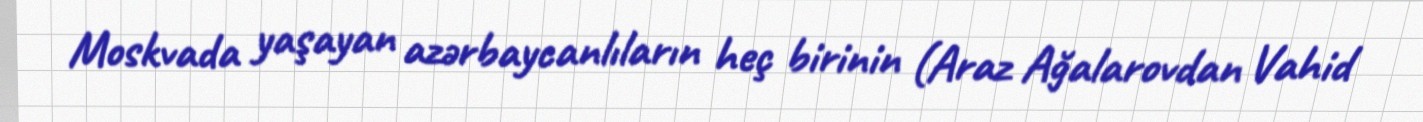
Moskvada yaşayan azərbaycanlıların heç birinin (Araz Ağalarovdan Vahid